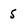
Character: 5